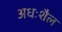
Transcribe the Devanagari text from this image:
अधःशैल